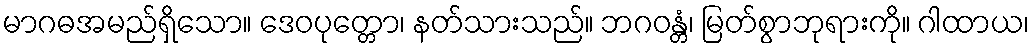
မာဂဓအမည်ရှိသော။ ဒေဝပုတ္တော၊ နတ်သားသည်။ ဘဂဝန္တံ၊ မြတ်စွာဘုရားကို။ ဂါထာယ၊